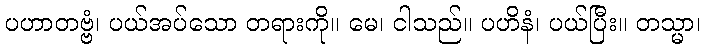
ပဟာတဗ္ဗံ၊ ပယ်အပ်သော တရားကို။ မေ၊ ငါသည်။ ပဟိနံ၊ ပယ်ပြီး။ တသ္မာ၊